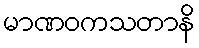
မာဏဝကသတာနိ